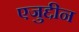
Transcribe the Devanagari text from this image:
एजुद्दीन